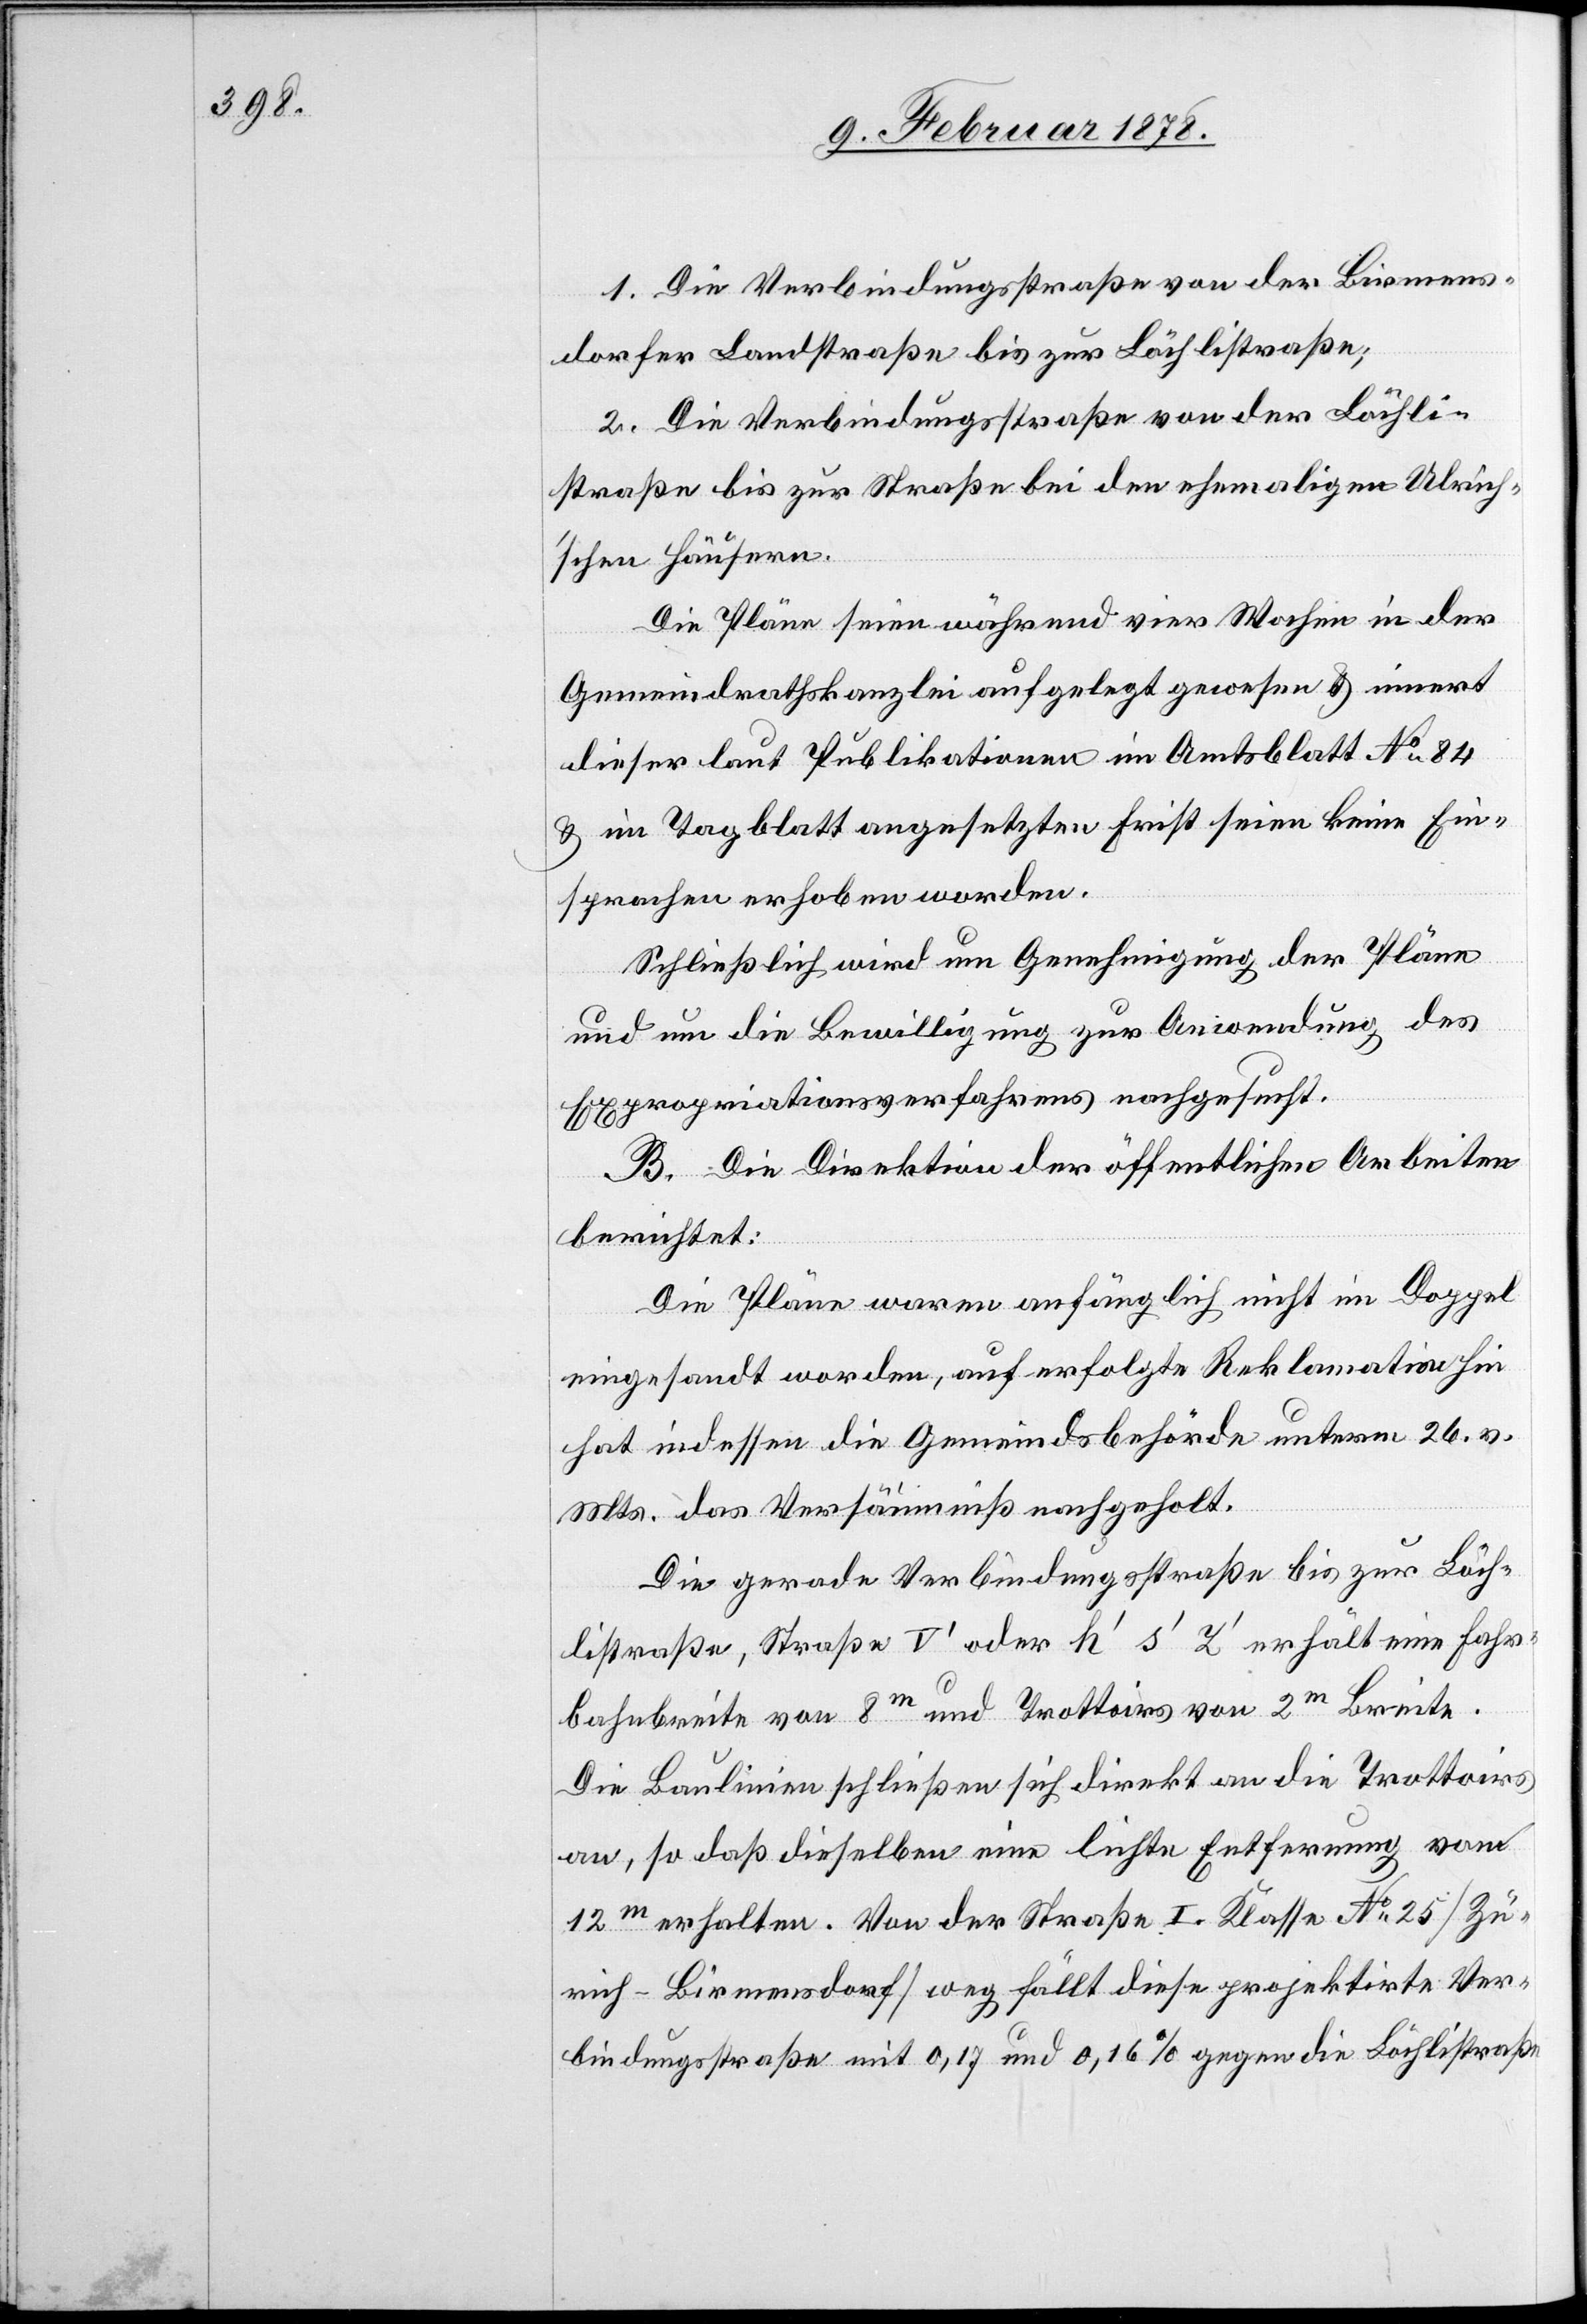
1. Die Verbindungsstraße von der Birmens¬
dorfer Landstraße bis zur Bächlistraße;
2. Die Verbindungsstraße von der Bächli-S¬
traße bis zur Straße bei den ehemaligen Ulrich’s¬
chen Häusern.
Die Pläne seien während vier Wochen in der
Gemeindrathskanzlei aufgelegt gewesen & innert
dieser laut Publikationen im Amtsblatt No 84
& im Tagblatt angesetzten Frist seien keine Ein¬
sprachen erhoben worden.
Schließlich wird um Genehmigung der Pläne
und um die Bewilligung zur Anordnung des
Exprorpriationsverfahrens nachgesucht.
B. Die Direktion der öffentlichen Arbeiten
berichtet:
Die Pläne waren anfänglich nicht im Doppel
eingesandt worden, auf erfolgte Reklamation hin
hat indessen die Gemeindsbehörde unterm 26. v.
Mts. das Versäumniß nachgeholt.
Die gerade Verbindungsstraße bis zur Bäch¬
listraße, Straße V’ oder h’ s’ Y’ erhält eine Fahr¬
bahnbreite von 8m und Trottoirs von 2m Breite.
Die Baulinien schließen sich direkt an die Trottoirs
an, so daß dieselben eine lichte Entfernung von
12m erhalten. Von der Straße I. Klasse No 25 (Zü¬
rich–Birmensdorf) weg fällt diese projektirte Ver¬
bindungsstraße mit 0,17 und 0,16% gegen die Bächlistraße